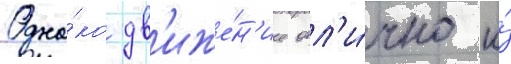
Одна́ко дв'иже́н'ие отл'и́чно и́